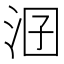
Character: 𣳲